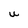
Character: U